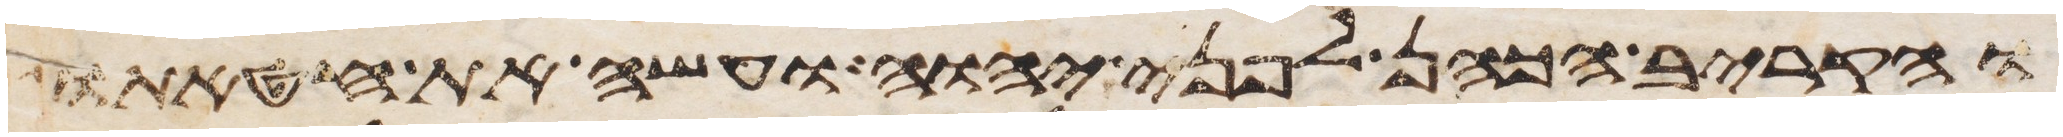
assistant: והקריב הכהן לפני יהוה ועשה את חטאתו